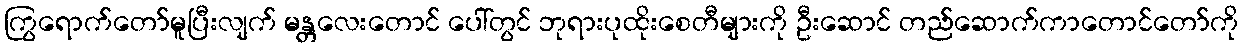
ကြွရောက်တော်မူပြီးလျက် မန္တလေးတောင် ပေါ်တွင် ဘုရားပုထိုးစေတီများကို ဦးဆောင် တည်ဆောက်ကာတောင်တော်ကို